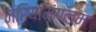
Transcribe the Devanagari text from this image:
नेरियामंगलम